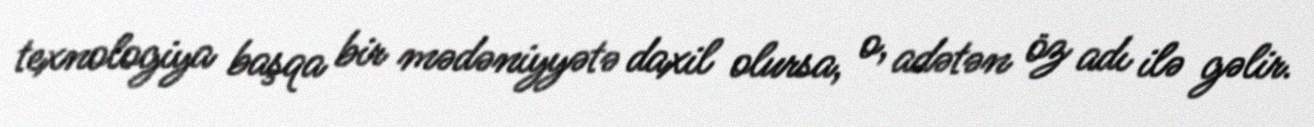
texnologiya başqa bir mədəniyyətə daxil olursa, o, adətən öz adı ilə gəlir.